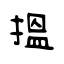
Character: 搵